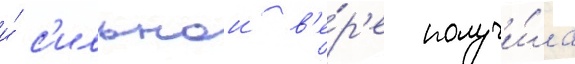
и́ с'ильнои в'е́р'е получи́ла